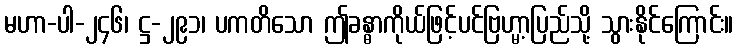
မဟာ-ပါ-၂၄၆၊ ဋ္ဌ-၂၉၁၊ ပကတိသော ဤခန္ဓာကိုယ်ဖြင့်ပင်ဗြဟ္မာ့ပြည်သို့ သွားနိုင်ကြောင်း။